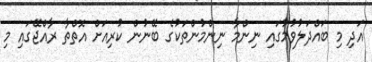
އަދި މި ބައްދަލުވުމުގައި ނިންމާ ނިންމުންތަކުގެ ބޭނުން ކުރިއަށް އޮތްތާ ރާއްޖޭގައި މި